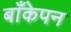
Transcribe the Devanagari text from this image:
बाँकेपन